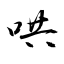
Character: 哄